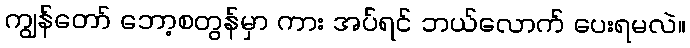
ကျွန်တော် ဘော့စတွန်မှာ ကား အပ်ရင် ဘယ်လောက် ပေးရမလဲ။